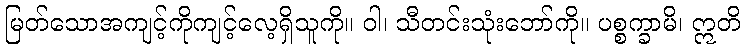
မြတ်သောအကျင့်ကိုကျင့်လေ့ရှိသူကို။ ဝါ၊ သီတင်းသုံးဘော်ကို။ ပစ္စက္ခာမိ၊ ဣတိ